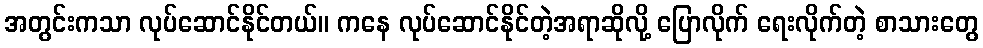
အတွင်းကသာ လုပ်ဆောင်နိုင်တယ်။ ကနေ လုပ်ဆောင်နိုင်တဲ့အရာဆိုလို့ ပြောလိုက် ရေးလိုက်တဲ့ စာသားတွေ